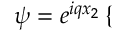
\begin{array} { r } { \psi = e ^ { i q x _ { 2 } } \left\{ \begin{array} { r l r l } \end{array} \right. } \end{array}